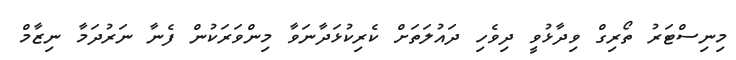
މިނިސްޓަރު ތޯރިގް ވިދާޅުވީ ދިވެހި ދައުލަތަށް ކެރިކުޅަދާނަވާ މިންވަރަކުން ފެނާ ނަރުދަމާ ނިޒާމް